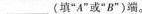
___(填“A”或“B”)端。